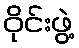
ဝိုင်းဖွဲ့